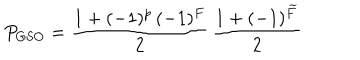
P _ { \mathrm { G S O } } = \frac { 1 + ( - 1 ) ^ { p } \, ( - 1 ) ^ { F } } { 2 } \, \frac { 1 + ( - 1 ) ^ { \widetilde F } } { 2 }